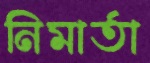
নিমার্তা